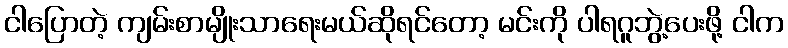
ငါပြောတဲ့ ကျမ်းစာမျိုးသာရေးမယ်ဆိုရင်တော့ မင်းကို ပါရဂူဘွဲ့ပေးဖို့ ငါက